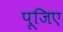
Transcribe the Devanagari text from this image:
पूजिए